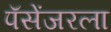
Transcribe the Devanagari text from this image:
पॅसेंजरला